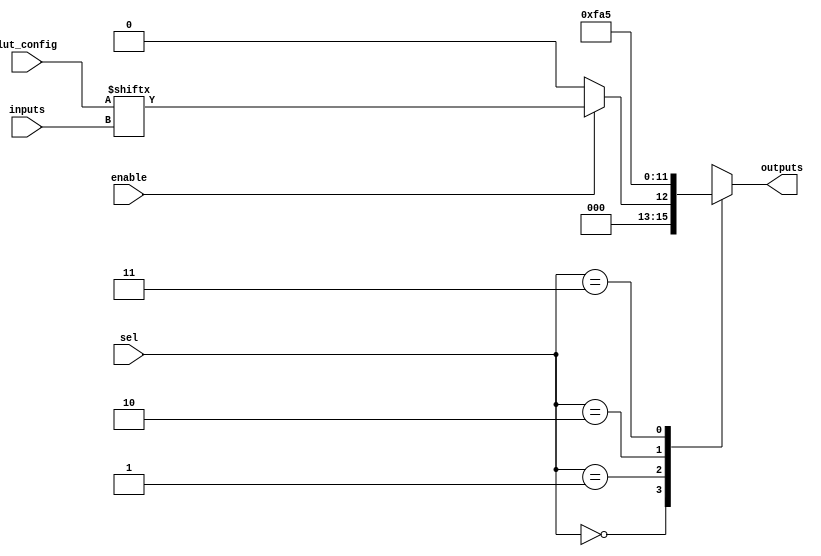
module CLB (
    input wire [3:0] inputs,           // Input lines (4 inputs)
    input wire [1:0] sel,              // Multiplexer select lines
    input wire enable,                  // Control signal to enable the LUT
    input wire [15:0] lut_config,       // Configuration memory for LUT
    output wire [3:0] outputs           // Output lines (4 outputs)
);

    // Internal signals
    wire [3:0] lut_output;              // Output from LUT
    wire [3:0] mux_output;              // Output from multiplexer

    // Look-Up Table (LUT) implementation
    // The LUT is a 16x1 memory that can produce an output based on 4 input lines
    assign lut_output = (enable) ? lut_config[inputs] : 4'b0000;

    // Multiplexer to select between different outputs
    always @(*) begin
        case (sel)
            2'b00: mux_output = lut_output;        // Output from LUT
            2'b01: mux_output = 4'b1111;           // Example fixed output
            2'b10: mux_output = 4'b1010;           // Example fixed output
            2'b11: mux_output = 4'b0101;           // Example fixed output
            default: mux_output = 4'b0000;         // Default case
        endcase
    end

    // Output assignment
    assign outputs = mux_output;

endmodule